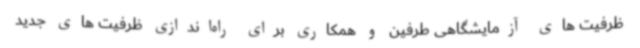
ظرفیت های آزمایشگاهی طرفین و همکاری برای راه‌اندازی ظرفیت های جدید